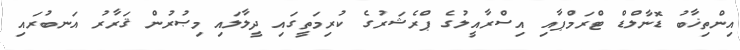
އިންތިޚާބު ޑޮނާލްޑް ޓްރަމްޕާއި އިސްރާއީލުގެ ޕްރެޝަރުގެ ކުރިމަތީގައި ދީލާލައި މިޞުރުން ޤަރާރު އަނބުރައި